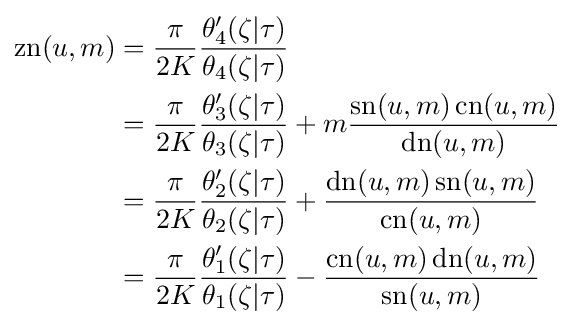
{\begin{aligned}\operatorname {zn} (u,m)&={\frac {\pi }{2K}}{\frac {\theta _{4}'(\zeta |\tau )}{\theta _{4}(\zeta |\tau )}}\\&={\frac {\pi }{2K}}{\frac {\theta _{3}'(\zeta |\tau )}{\theta _{3}(\zeta |\tau )}}+m{\frac {\operatorname {sn} (u,m)\operatorname {cn} (u,m)}{\operatorname {dn} (u,m)}}\\&={\frac {\pi }{2K}}{\frac {\theta _{2}'(\zeta |\tau )}{\theta _{2}(\zeta |\tau )}}+{\frac {\operatorname {dn} (u,m)\operatorname {sn} (u,m)}{\operatorname {cn} (u,m)}}\\&={\frac {\pi }{2K}}{\frac {\theta _{1}'(\zeta |\tau )}{\theta _{1}(\zeta |\tau )}}-{\frac {\operatorname {cn} (u,m)\operatorname {dn} (u,m)}{\operatorname {sn} (u,m)}}\end{aligned}}